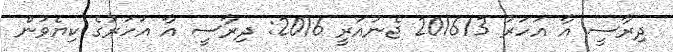
ދިރާސީ އާ އަހަރު 201613 ޖެނުއަރީ 2016: ދިރާސީ އާ އަހަރުގެ ކިޔެވުން